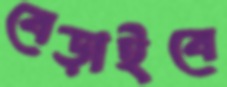
বেড়াইবে